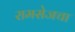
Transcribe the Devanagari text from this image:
रामसेजचा